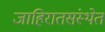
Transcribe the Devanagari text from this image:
जाहिरातसंस्थेत